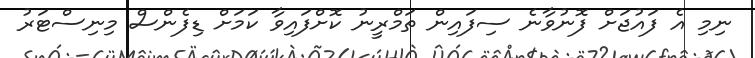
ނިމި އެ ފައުޖަށް ފޮނުވާނެ ސިފައިން ތަމްރީނު ކޮށްފައިވާ ކަމަށް ޑިފެންސް މިނިސްޓަރު